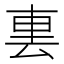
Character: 𨊪